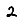
Digit: 2